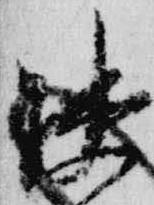
疎